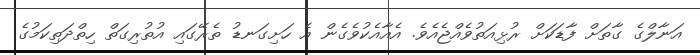
އަނާލްގެ ގާތަށް ފާޑަކަށް ރުޅިއަތުވެއްޖެއެވެ. އެއާއެކުވެގެން އެ ހަށިގަނޑު ތެރޭގައި އުތުރިގަތް ހިތްދަތިކަމުގެ